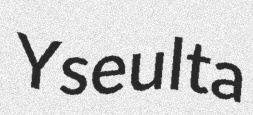
Yseulta